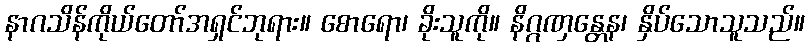
နာဂသိန်ကိုယ်တော်အရှင်ဘုရား။ စောရော၊ ခိုးသူကို။ နိဂ္ဂဏှန္တေန၊ နှိပ်သောသူသည်။